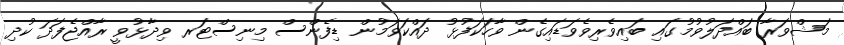
މަޝްވަރާ ބައްދަލުވުުމުގައި ބައިވެރިވެވަޑައިގެން ވާހަކަފުޅު ދައްކަވަމުން ޑިފެންސް މިނިސްޓަރ ވިދާޅުވީ ރާއްޖެފަދަ ކުދި